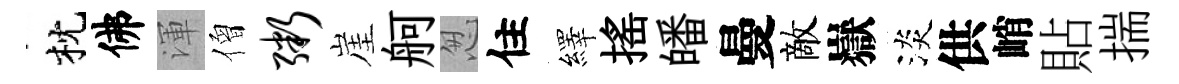
枕佛渾僧粥崖舸怱住繹揺皤曼敵嶽淡供峭貼揣